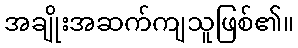
အချိုးအဆက်ကျသူဖြစ်၏။